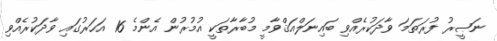
ނަޞީރު ފުރަތަމަ ވާދަކުރެއްވި ބައިނަލްއަޤްވާމީ މުބާރާތަކީ އުމުރުން އެންމެ 16 އަހަރުގައި ވާދަކުރެއްވި